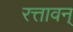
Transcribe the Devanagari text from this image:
रत्तावन्